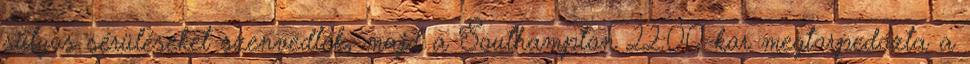
súlyos sérüléseket szenvedtek, majd a Southampton 22:00-kor megtorpedózta a